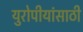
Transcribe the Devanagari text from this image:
युरोपीयांसाठी